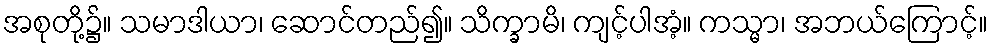
အစုတို့၌။ သမာဒါယာ၊ ဆောင်တည်၍။ သိက္ခာမိ၊ ကျင့်ပါအံ့။ ကသ္မာ၊ အဘယ်ကြောင့်။